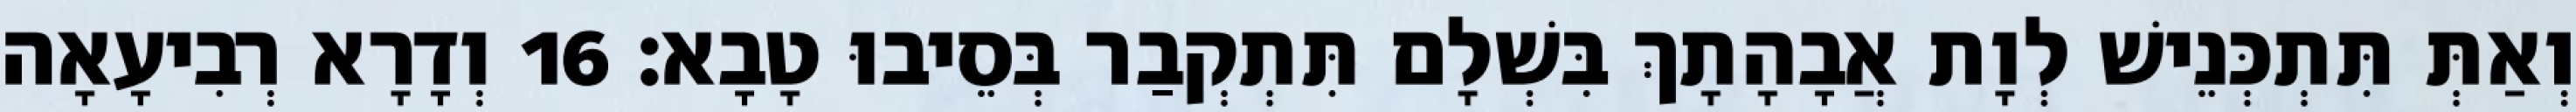
וְאַתְּ תִּתְכְּנֵישׁ לְוָת אֲבָהָתָךְ בִּשְׁלָם תִּתְקְבַר בְּסֵיבוּ טָבָא׃ 16 וְדָרָא רְבִיעָאָה